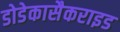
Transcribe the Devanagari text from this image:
डोडेकासैकराइड